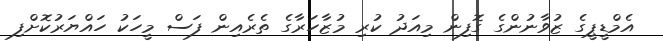
އެމްޑީޕީގެ ޒުވާނުންގެ ގޮފިން މިއަދު ކުރި މުޒާހަރާގެ ތެރެއިން ފަސް މީހަކު ހައްޔަރުކޮށްފި